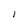
Character: N